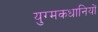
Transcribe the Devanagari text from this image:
युग्मकधानियों